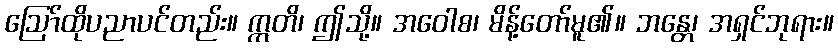
ဩော်ထိုပညာပင်တည်း။ ဣတိ၊ ဤသို့။ အဝေါစ၊ မိန့်တော်မူ၏။ ဘန္တေ၊ အရှင်ဘုရား။